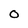
Character: O